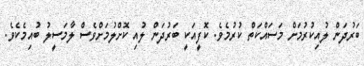
ބަރުދަން ލުއިކުރުމަށް މަސައްކަތް ކުރުމެވެ. ކޮފީއަކީ ބަރުދަން ލުއި ކޮށްލުމަށްވެސް ލާމަސީލު ބުއިމެކެވެ.